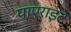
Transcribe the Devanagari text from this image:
पाएराइट